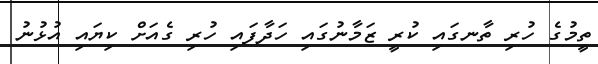
ތީމުގެ ހުރި ތާނގައި ކުރީ ޒަމާނުގައި ހަދާފައި ހުރި ގެއަށް ކިޔައި އުޅުނު